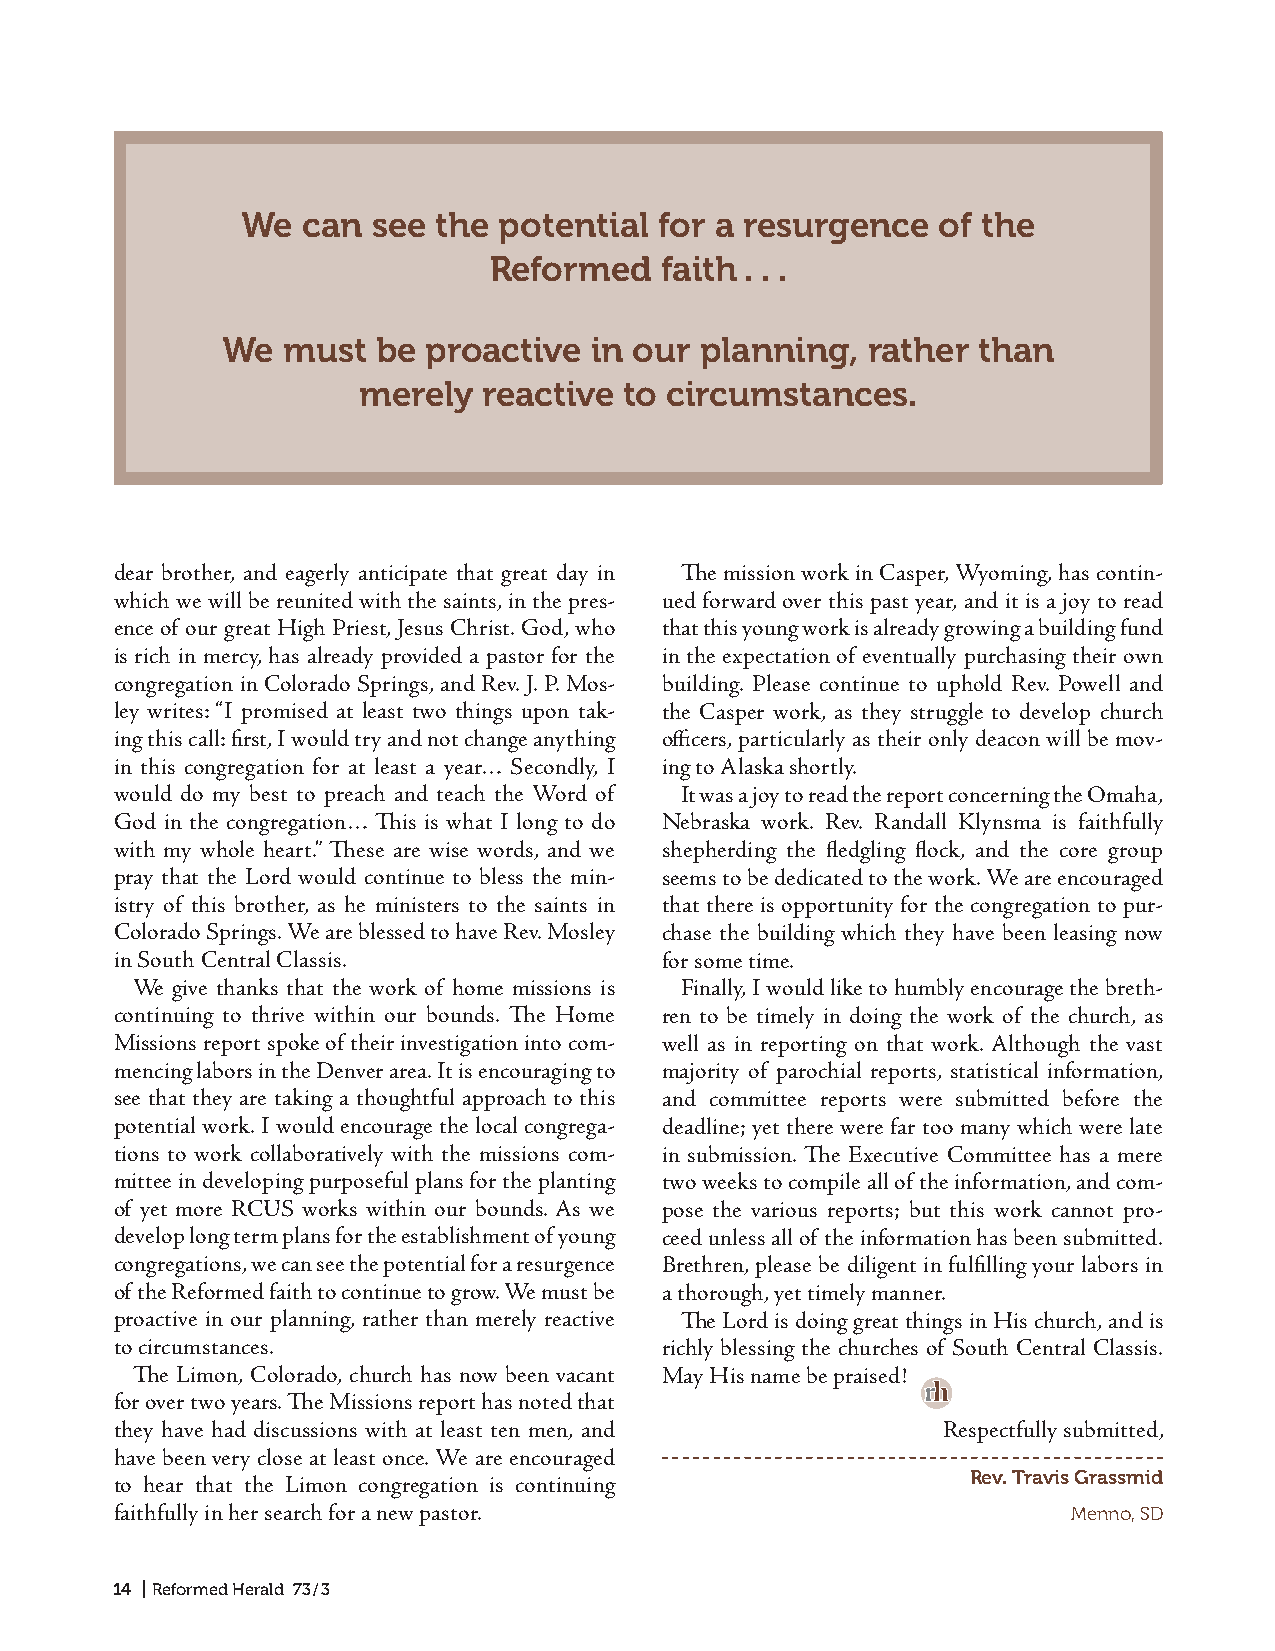
We  can see  the potential for a resurgence   of the
 Reformed   faith . . .
 We  must   be proactive  in our planning,  rather than
 merely   reactive to circumstances.
 dear brother, and eagerly anticipate that great day in The mission work in Casper, Wyoming, has contin-
 which we will be reunited with the saints, in the pres- ued forward over this past year, and it is a joy to read
 ence of our great High Priest, Jesus Christ. God, who that this young work is already growing a building fund
 is rich in mercy, has already provided a pastor for the in the expectation of eventually purchasing their own
 congregation in Colorado Springs, and Rev. J. P. Mos- building. Please continue to uphold Rev. Powell and
 ley writes: “I promised at least two things upon tak- the Casper work, as they struggle to develop church
 ing this call: first, I would try and not change anything officers, particularly as their only deacon will be mov-
 in this congregation for at least a year… Secondly, I ing to Alaska shortly.
 would do my best to preach and teach the Word of It was a joy to read the report concerning the Omaha,
 God in the congregation… This is what I long to do Nebraska work. Rev. Randall Klynsma is faithfully
 with my whole heart.” These are wise words, and we shepherding the fledgling flock, and the core group
 pray that the Lord would continue to bless the min- seems to be dedicated to the work. We are encouraged
 istry of this brother, as he ministers to the saints in that there is opportunity for the congregation to pur-
 Colorado Springs. We are blessed to have Rev. Mosley chase the building which they have been leasing now
 in South Central Classis.            for some time.
 We give thanks that the work of home missions is Finally, I would like to humbly encourage the breth-
 continuing to thrive within our bounds. The Home ren to be timely in doing the work of the church, as
 Missions report spoke of their investigation into com- well as in reporting on that work. Although the vast
 mencing labors in the Denver area. It is encouraging to majority of parochial reports, statistical information,
 see that they are taking a thoughtful approach to this and committee reports were submitted before the
 potential work. I would encourage the local congrega- deadline; yet there were far too many which were late
 tions to work collaboratively with the missions com- in submission. The Executive Committee has a mere
 mittee in developing purposeful plans for the planting two weeks to compile all of the information, and com-
 of yet more RCUS works within our bounds. As we pose the various reports; but this work cannot pro-
 develop long term plans for the establishment of young ceed unless all of the information has been submitted.
 congregations, we can see the potential for a resurgence Brethren, please be diligent in fulfilling your labors in
 of the Reformed faith to continue to grow. We must be a thorough, yet timely manner.
 proactive in our planning, rather than merely reactive The Lord is doing great things in His church, and is
 to circumstances.                    richly blessing the churches of South Central Classis.
 The Limon, Colorado, church has now been vacant May His name be praised!
 rh
 for over two years. The Missions report has noted that
 they have had discussions with at least ten men, and   Respectfully submitted,
 have been very close at least once. We are encouraged
 Rev. Travis Grassmid
 to hear that the Limon congregation is continuing
 faithfully in her search for a new pastor.                      Menno, SD
 14 | Reformed Herald 73 / 3